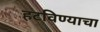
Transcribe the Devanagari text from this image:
हटविण्याचा